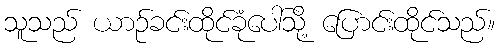
သူသည် ယာဉ်ခင်းထိုင်ခုံပေါ်သို့ ပြောင်းထိုင်သည်။